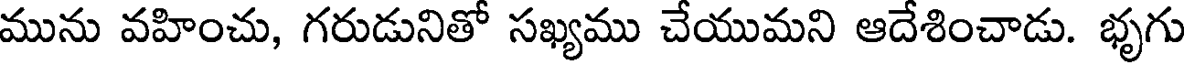
మును వహించు, గరుడునితో సఖ్యము చేయుమని ఆదేశించాడు. భృగు